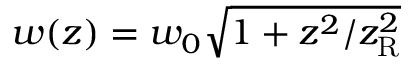
w ( z ) = w _ { 0 } \sqrt { 1 + z ^ { 2 } / z _ { \mathrm { R } } ^ { 2 } }